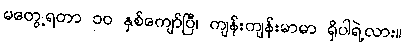
မတွေ့ရတာ ၁၀ နှစ်ကျော်ပြီ၊ ကျန်းကျန်းမာမာ ရှိပါရဲ့လား။